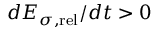
d { \cal E } _ { \sigma , \mathrm { r e l } } / d t > 0